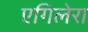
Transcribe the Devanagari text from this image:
एगिलेरा